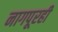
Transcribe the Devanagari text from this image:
नागपूरही